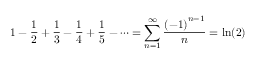
1 - { \frac { 1 } { 2 } } + { \frac { 1 } { 3 } } - { \frac { 1 } { 4 } } + { \frac { 1 } { 5 } } - \cdots = \sum _ { n = 1 } ^ { \infty } { \frac { \left( - 1 \right) ^ { n - 1 } } { n } } = \ln ( 2 ) \quad